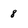
Character: 8